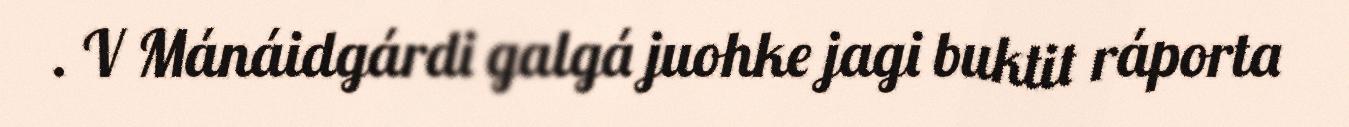
. V Mánáidgárdi galgá juohke jagi buktit ráporta